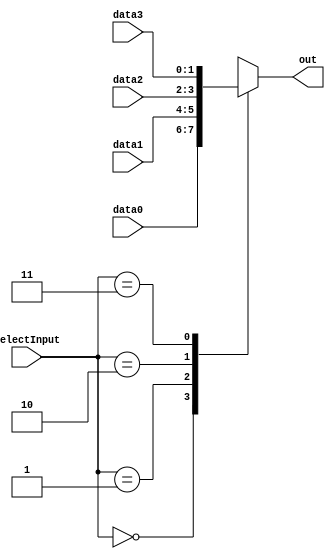
module mux_2_4(data0, data1, data2, data3, selectInput, out);

	output reg [1:0] out;
	
	input  [1:0] data0, data1, data2, data3;
	input  [1:0] selectInput;
	
	always@(data0 or data1 or data2 or data3 or selectInput) begin
		case(selectInput)
			0: out = data0;
			1: out = data1;
			2: out = data2;
			3: out = data3;
		endcase
	end
	
endmodule